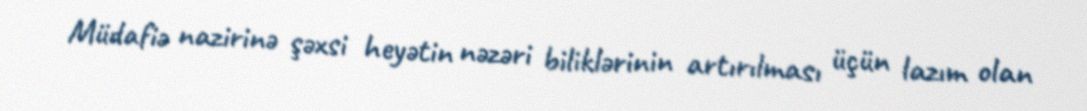
Müdafiə nazirinə şəxsi heyətin nəzəri biliklərinin artırılması üçün lazım olan